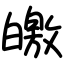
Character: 皦